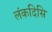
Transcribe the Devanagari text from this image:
लंकदिसि